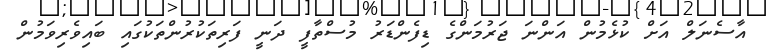
އާސެނަލް އަށް ކުޅެމުން އަންނަ ޖަރުމަންގެ ޑިފެންޑަރު މުސްތާފީ ދަނީ ފަރިތަކުރުންތަކުގައި ބައިވެރިވަމުން